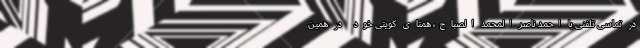
در تماسی تلفنی با احمد ناصر المحمد الصباح، همتای کویتی خود در همین